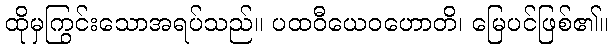
ထိုမှကြွင်းသောအရပ်သည်။ ပထဝီယေဝဟောတိ၊ မြေပင်ဖြစ်၏။